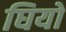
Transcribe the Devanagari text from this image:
घियो